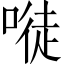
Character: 𠻀